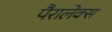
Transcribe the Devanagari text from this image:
पैरालेक्स